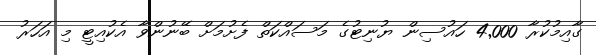
ގާއިމުކުރާ 4